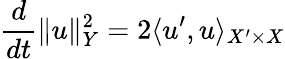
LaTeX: \frac{d}{dt}\lVert u\rVert_{Y}^{2}=2\langle u^{\prime},u\rangle_{X^{\prime}\times X}